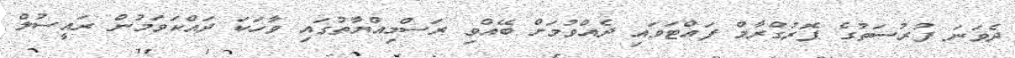
ދެވަނަ ފުރުސަތުގެ ޕޮރުގްރާމް ފައްޓަވައި ދެއްވުމަށް ބޭއްވި ރަސްމިއްޔާތުގައި ވާހަކަ ދައްކަވަމުން ރައީސުލް